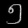
Digit: ၅